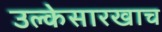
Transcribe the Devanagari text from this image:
उल्केसारखाच